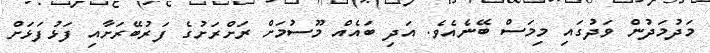
މަދުމަދުން ވަދުގައި މިމަސް ބޭނެއެވެ. އަދި ބައެއް މޫސުމަށް ރަށްރަށުގެ ފަރުބޭރަށާއި ފަޅުފަޅަށް